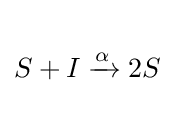
{\begin{matrix}{}\\S+I\xrightarrow {\alpha } 2S\\{}\end{matrix}}